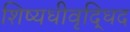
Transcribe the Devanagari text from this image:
शिष्यधीवृद्धिद